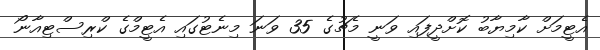
އެޓީމަށް ކާމިޔާބު ކޮށްދީފައި ވަނީ މެޗުގެ 35 ވަނަ މިނެޓުގައި އެޓީމްގެ ކްރިސްޓިއާނޯ